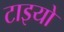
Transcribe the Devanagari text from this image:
टाइयो